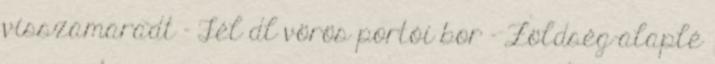
visszamaradt - Fél dl vörös portói bor - Zöldség-alaplé